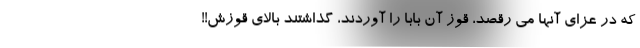
که در عزای آنها می رقصد، قوز آن بابا را آوردند، گذاشتند بالاي قوزش!!